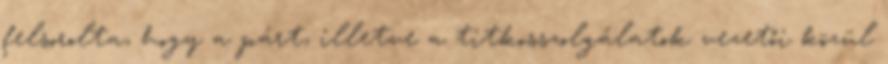
felsorolta, hogy a párt, illetve a titkosszolgálatok vezetői közül